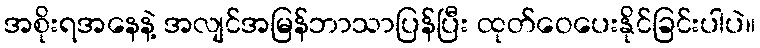
အစိုးရအနေနဲ့ အလျင်အမြန်ဘာသာပြန်ပြီး ထုတ်ဝေပေးနိုင်ခြင်းပါပဲ။